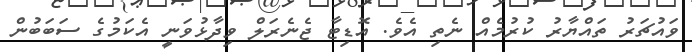
ވައުޗަރު ތައްޔާރު ކުރުމެއް ނެތި އެވެ. އޮޑިޓާ ޖެނެރަލް ވިދާޅުވަނީ އެކަމުގެ ސަބަބުން